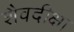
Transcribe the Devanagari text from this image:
शैवदीक्षा